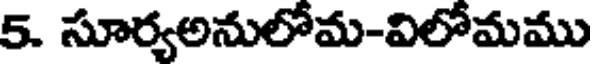
5. సూర్యలనులోమ-విలోమము